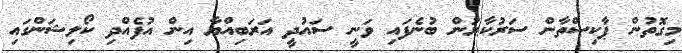
މިގޮތުން ޕާކިސްތާން ސަރުކާރުން ބުނެފައި ވަނީ ސައުދީ އަރަބިއްޔާ އިން އުފެއްދި ކޯލިޝަންގައި